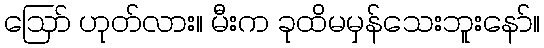
ဪ ဟုတ်လား။ မီးက ခုထိမမှန်သေးဘူးနော်။